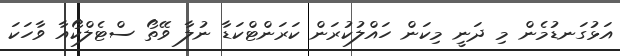
އަޅުގަނޑުމެން މި ދަނީ މިކަން ހައްލުކުރަން ކަރަންޓްކަޑާ ނުލާ ވޭތޯ ސްޓެލްކޯއާ ވާހަކަ